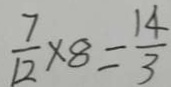
\frac { 7 } { 1 2 } \times 8 = \frac { 1 4 } { 3 }